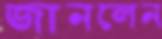
জানলেন